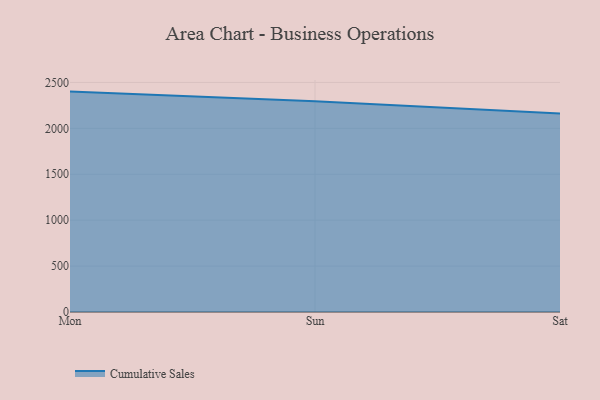
{"axis": {"x": "Day", "y": "Market Share (%)"}, "legend": ["Cumulative Sales"], "data": [{"x": "Mon", "y": 2400.3, "type": "Cumulative Sales"}, {"x": "Sun", "y": 2294.1, "type": "Cumulative Sales"}, {"x": "Sat", "y": 2162.2, "type": "Cumulative Sales"}]}